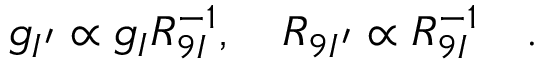
g _ { I ^ { \prime } } \propto g _ { I } R _ { 9 I } ^ { - 1 } , \quad R _ { 9 I ^ { \prime } } \propto R _ { 9 I } ^ { - 1 } \quad .